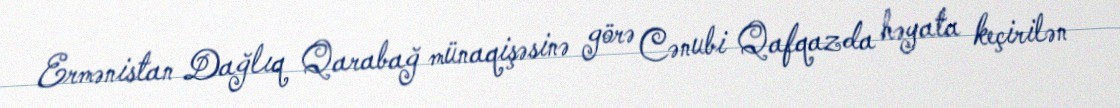
Ermənistan Dağlıq Qarabağ münaqişəsinə görə Cənubi Qafqazda həyata keçirilən